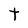
Character: t